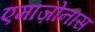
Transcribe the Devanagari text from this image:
एमाज़ोनास